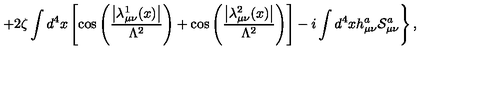
\left. + 2 \zeta \int d ^ { 4 } x \left[ \cos \left( \frac { \left| \lambda _ { \mu \nu } ^ { 1 } ( x ) \right| } { \Lambda ^ { 2 } } \right) + \cos \left( \frac { \left| \lambda _ { \mu \nu } ^ { 2 } ( x ) \right| } { \Lambda ^ { 2 } } \right) \right] - i \int d ^ { 4 } x h _ { \mu \nu } ^ { a } { \cal S } _ { \mu \nu } ^ { a } \right\} ,